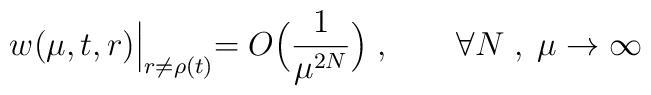
w(\mu,t,r)\Bigl|_{r\ne\rho (t)}=O\Bigl(\frac{1}{\mu^{2N}}\Bigr)\; ,\qquad \forall N\; ,\;\mu\to\infty